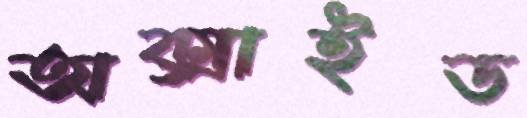
অক্সাইড